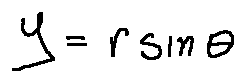
y = r \sin \theta